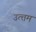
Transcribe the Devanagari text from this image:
उत्त्तम